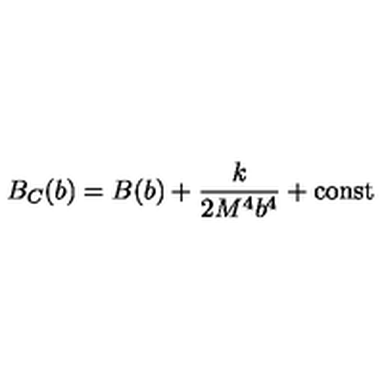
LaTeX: B _ { C } ( b ) = B ( b ) + \frac { k } { 2 M ^ { 4 } b ^ { 4 } } + \mathrm { c o n s t }